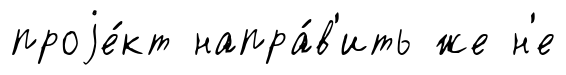
проjе́кт напра́в'ить же н'е